Paatsalu_vallavalitsus, lk 12
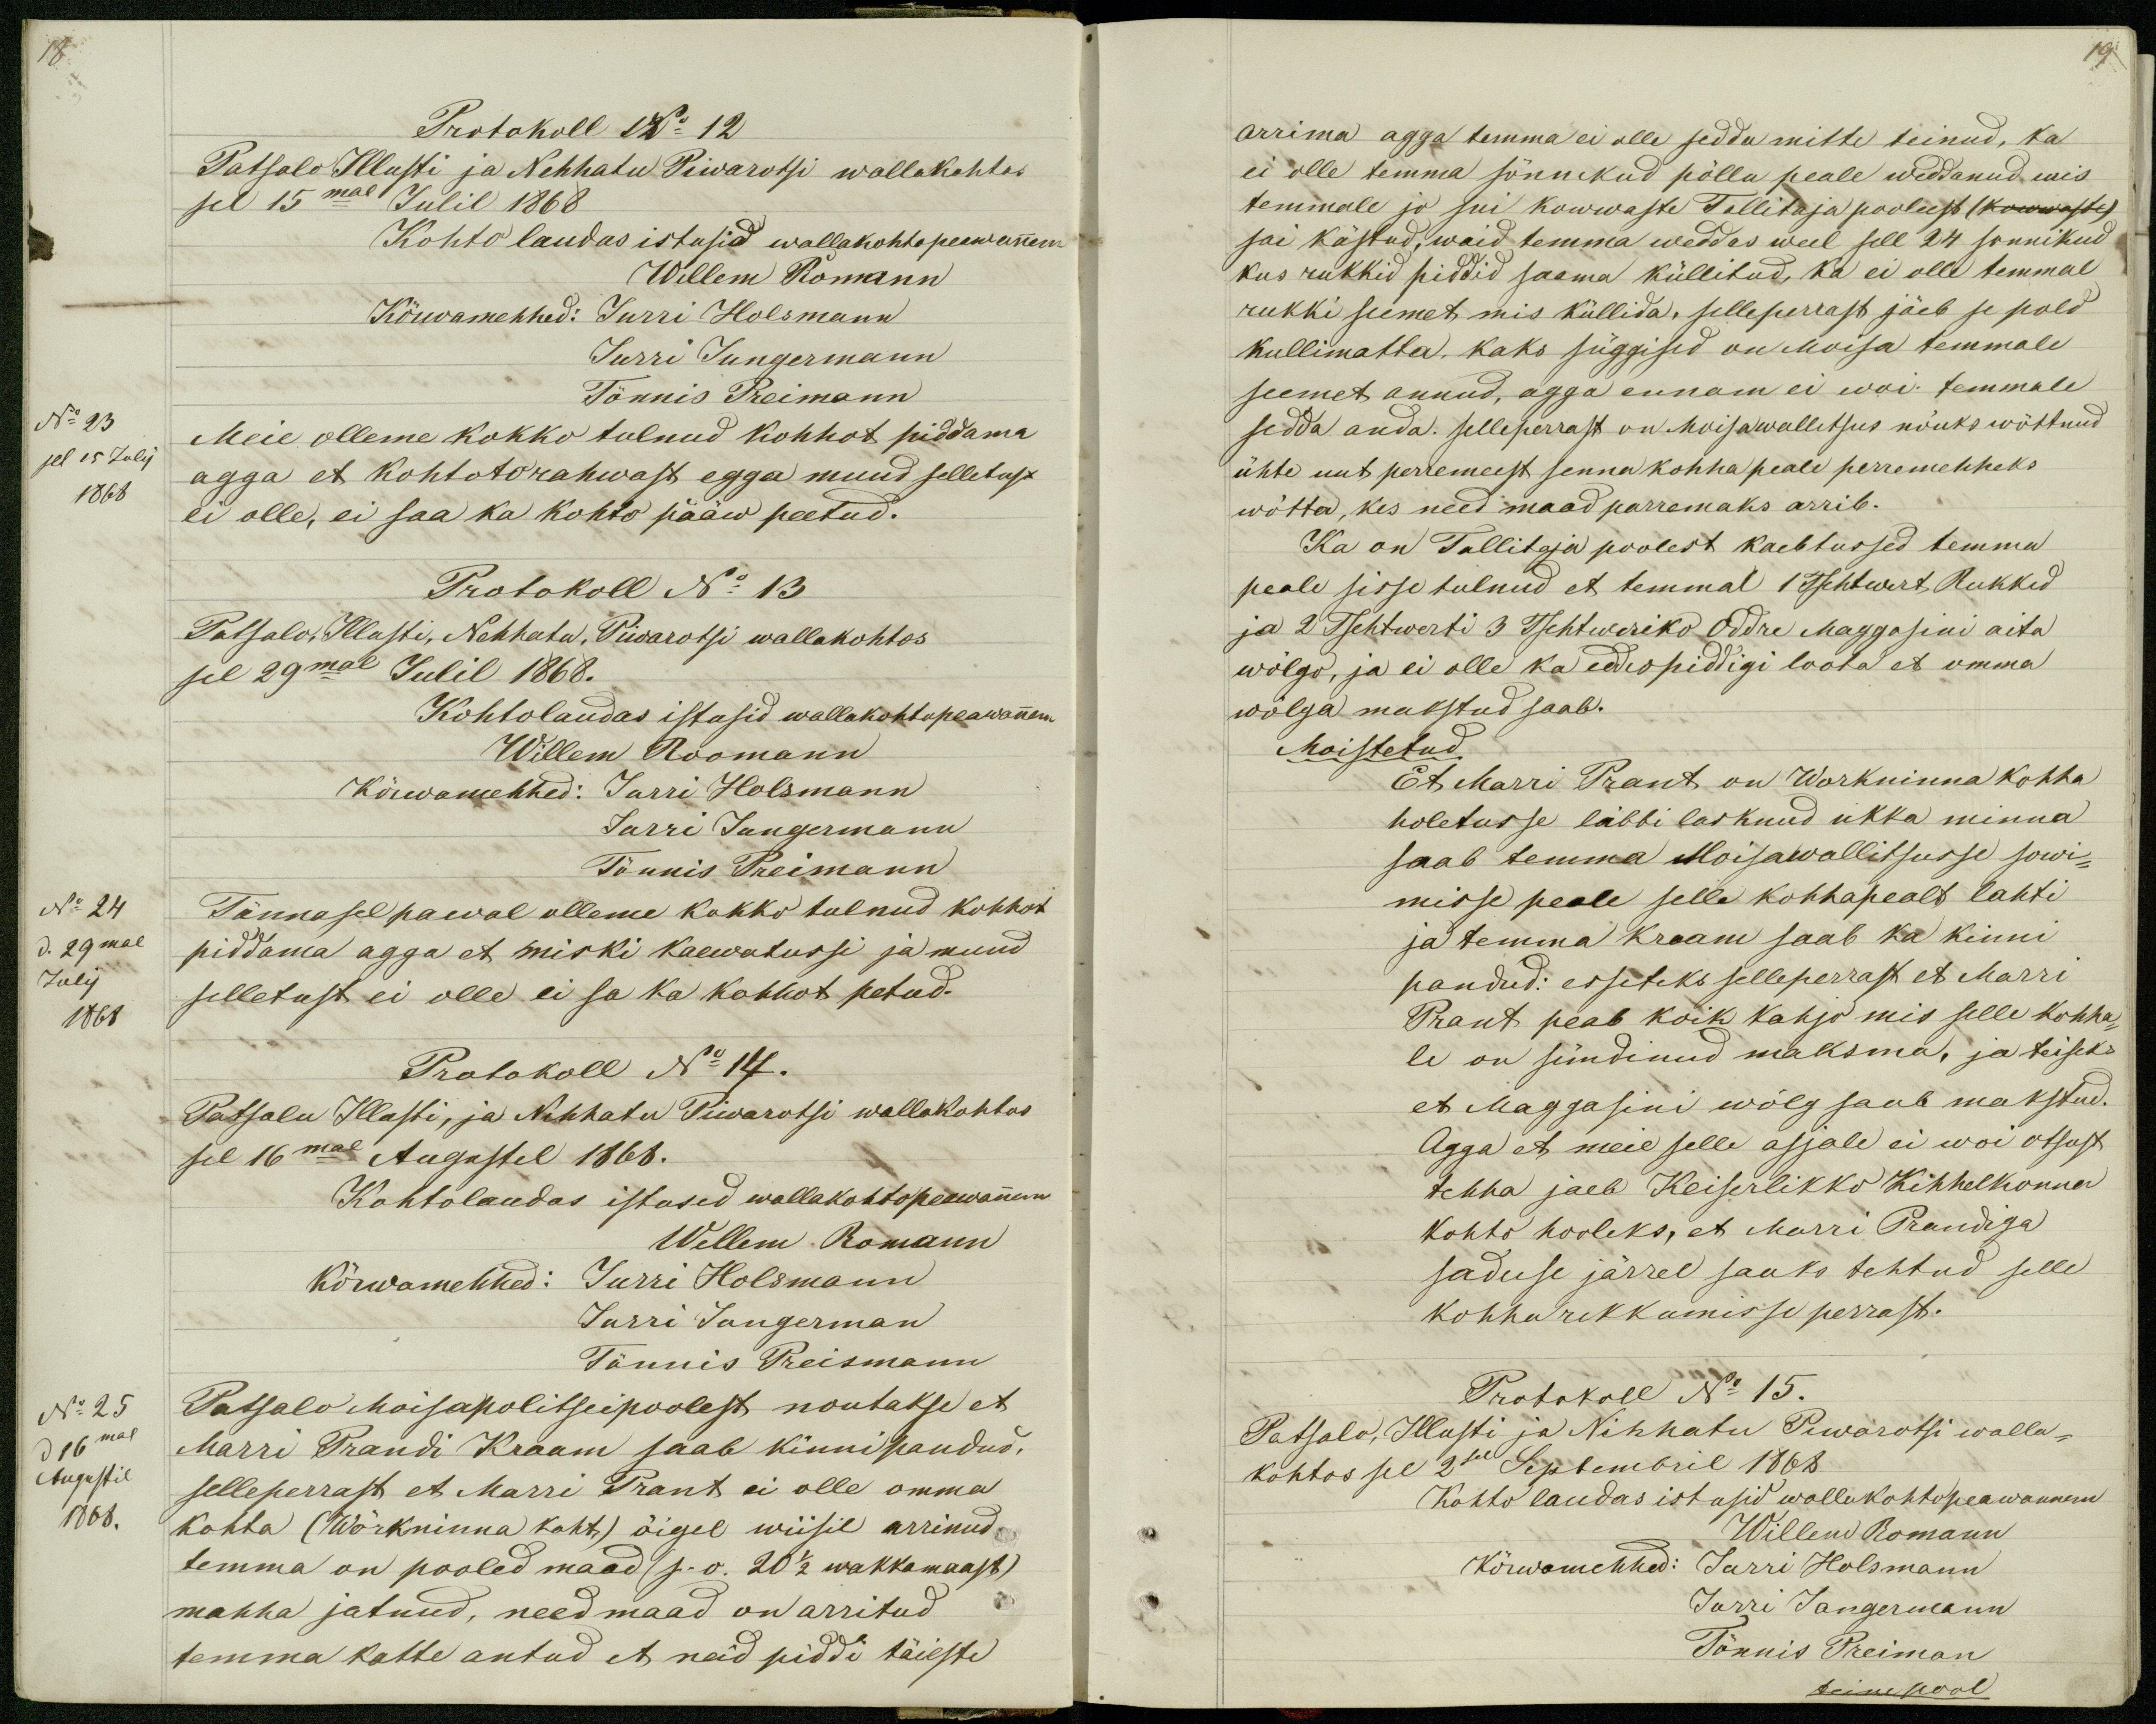
18

Protokoll No 12
Patsalo Illusti ja Nehhatu Piwarotsi wallakohtos
sel 15mal Julil 1868
Kohto laudas istusid wallakohtopeawannem
Willem Romann
Kõrwamehhed: Jurri Holsmann
Jurri Jungermann
Tönnis Preimann
No 23
Meie olleme kokko tulnud kohhot piddama
sel 15 July
1868
agga et kohtotorahwast egga muud selletust
ei olle, ei saa ka kohto pääw peetud.
Protokoll No 13
Patsalo, Illusti, Nehhatu, Piwarotsi wallakohtos
sel 29mal Julil 1868.
Kohtolaudas istusid wallakohtopeawannem
Willem Roomann
Kõrwamehhed: Jurri Holsmann
Jurri Jungermann
Tönis Preimann
No 24
Tännasel pawal olleme kokko tulnud kohhot
d. 29mal
piddama agga et miski kaewatussi ja muud
July
1861
selletust ei olle ei sa ka kohhot petud.
Protokoll No 14.
Patsalu Illasti, ja Nehhatu Piwarotsi wallakohtos
sel 16mal Augustel 1868.
Kohtolaudas istusid wallakohtopeawannem
Wellem Romann
Kõrwamehhed: Jurri Holsmann
Jurri Jungerman
Tönnis Preismann
No 25
Patsalo Moisapolitseipoolest noutakse et
d 16mal
Marri Prandi Kraam saab kinnipandud,
Augustil
selleperrast et Marri Prant ei olle omma
1868.
kohta (Wõrkninna koht) õigel wiisil arrinud
temma on pooled maad (s.o. 20 1/2 wakkamaast)
mahha jatnud, need maad on arritud
temma katte antud et neid piddi täieste

19
arrima agga temma ei olle sedda mitte teinud, ka
ei olle temma sõnnikud põllu peale weddanud mis
temmale jo sui kowwaste Tallitaja poolest (kowwaste)
sai kästud, waid temma weddas weel sell 24 sonnikud
kus rukkid piddid saama küllitud, ka ei olle temmal
rukki seemet mis küllida, selleperrast jäeb se pold
kullimatta, kaks süggised on Moisa temmale
seemet annud, agga ennam ei woi temmale
sedda anda. selleperrast on Moisawallitsus nõuks wõttnud
ühte uut perremeest senna kohha peale perremehheks
wõtta, kes need maad parremaks arrib.
Ka on Tallitaja poolest kaebtussed temma
peale sisse tulnud et temmal 1 Tsehtwert Rukkid
ja 2 Tsehtwerti 3 Tsehtweriko Oddre Maggasini aita
wõlgo, ja ei olle ka eddespiddigi loota et omma
wõlga makstud saab.
Moistetud
Et Marri Prant on Workninna kohha
holetusse läbbi lasknud ukka minna
saab temma Moisawallitsusse sowi-
misse peale selle kohhapealt lahti
ja temma kraam saab ka kinni
pandud: esseteks selleperrast et Marri
Prant peab koik kahjo mis selle kohha-
le on sündinud maksma, ja teiseks
et Maggasini wõlg saab makstud.
Agga et meie selle asjale ei woi otsust
tehha jaeb Keiserlikko Kihhelkonna
Kohto hooleks, et Marri Prandiga
saduse järrel saaks tehtud selle
kohha rekkumisse perrast.
Protokoll No 15.
Patsalo, Illusti ja Nihhatu Piwarotsi walla-
kohtos sel 2sel Septembril 1868
Kohto laudas istusid wallukohtopeawannem
Willem Romann
Kõrwomehhed: Jurri Holsmann
Jurri Jangermann
Tönnis Preiman
teine pool